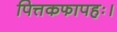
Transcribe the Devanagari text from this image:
पित्तकफापहः।